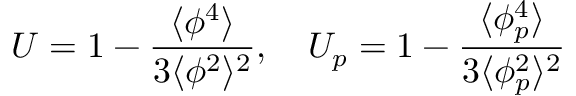
U = 1 - \frac { \langle \phi ^ { 4 } \rangle } { 3 \langle \phi ^ { 2 } \rangle ^ { 2 } } , \ \ \ U _ { p } = 1 - \frac { \langle \phi _ { p } ^ { 4 } \rangle } { 3 \langle \phi _ { p } ^ { 2 } \rangle ^ { 2 } }